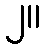
၂။